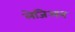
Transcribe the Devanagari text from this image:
लेजिअन